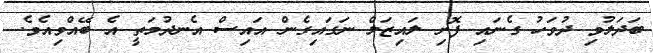
ބަދަލުވި ދުވަހު ގެނައި ފޮށި ލައިޒަލް ނަގައިގެން އައިސް އެނދުމަތީ އެ ބޭއްވިއެވެ.